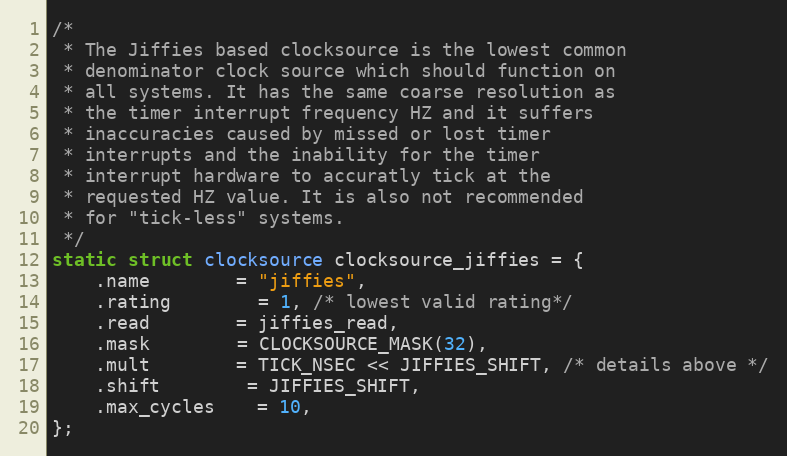
Language: C
/*
 * The Jiffies based clocksource is the lowest common
 * denominator clock source which should function on
 * all systems. It has the same coarse resolution as
 * the timer interrupt frequency HZ and it suffers
 * inaccuracies caused by missed or lost timer
 * interrupts and the inability for the timer
 * interrupt hardware to accuratly tick at the
 * requested HZ value. It is also not recommended
 * for "tick-less" systems.
 */
static struct clocksource clocksource_jiffies = {
	.name		= "jiffies",
	.rating		= 1, /* lowest valid rating*/
	.read		= jiffies_read,
	.mask		= CLOCKSOURCE_MASK(32),
	.mult		= TICK_NSEC << JIFFIES_SHIFT, /* details above */
	.shift		= JIFFIES_SHIFT,
	.max_cycles	= 10,
};